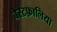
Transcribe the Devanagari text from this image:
बेस्टफ़ालिया